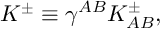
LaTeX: K ^ { \pm } \equiv \gamma ^ { A B } K _ { A B } ^ { \pm } ,